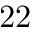
2 2